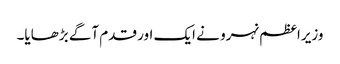
وزیراعظم نہرو نے ایک اور قدم آگے بڑھایا۔